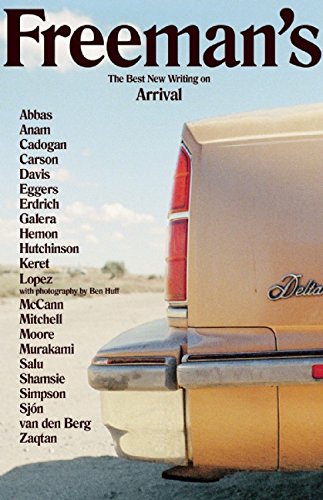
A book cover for Freeman's: Arrival: The Best New Writing on Arrival; Literature & Fiction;